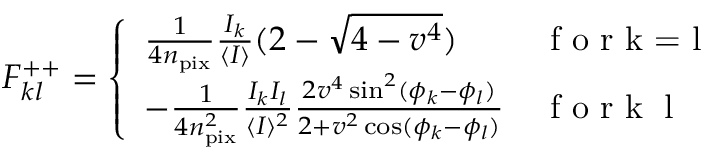
F _ { k l } ^ { + + } = \left\{ \begin{array} { l l } { \frac { 1 } { 4 n _ { \mathrm { p i x } } } \frac { I _ { k } } { \langle I \rangle } ( 2 - \sqrt { 4 - v ^ { 4 } } ) } & { \textrm { f o r k = l } } \\ { - \frac { 1 } { 4 n _ { \mathrm { p i x } } ^ { 2 } } \frac { I _ { k } I _ { l } } { \langle I \rangle ^ { 2 } } \frac { 2 v ^ { 4 } \sin ^ { 2 } ( \phi _ { k } - \phi _ { l } ) } { 2 + v ^ { 2 } \cos ( \phi _ { k } - \phi _ { l } ) } } & { \textrm { f o r k \neq l } } \end{array} \right.